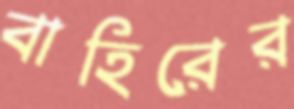
বাহিরের